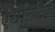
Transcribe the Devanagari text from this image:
एथलिटिक